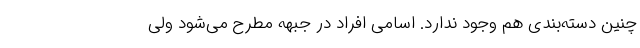
چنین دسته‌بندی هم وجود ندارد. اسامی افراد در جبهه مطرح می‌شود ولی